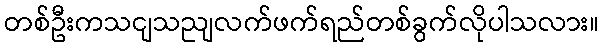
တစ်ဦးကသငျသညျလက်ဖက်ရည်တစ်ခွက်လိုပါသလား။